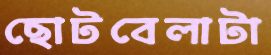
ছোটবেলাটা